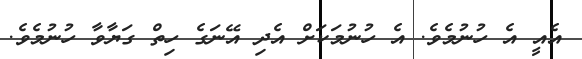
އެއީ އެ ހުނުމެވެ. އެ ހުނުމަކަށް އެދި އޭނަގެ ހިތް ގަޔާވާ ހުނުމެވެ.